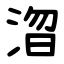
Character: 㳷